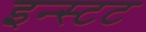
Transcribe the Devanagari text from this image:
इन्स्टट